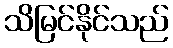
သိမြင်နိုင်သည်